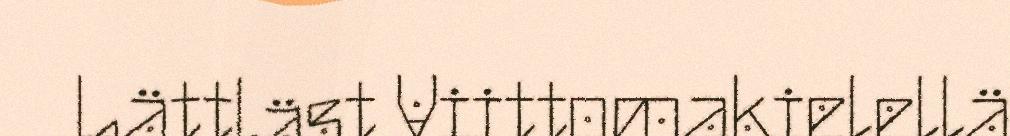
Lättläst Viittomakielellä